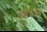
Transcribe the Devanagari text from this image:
लिवायें